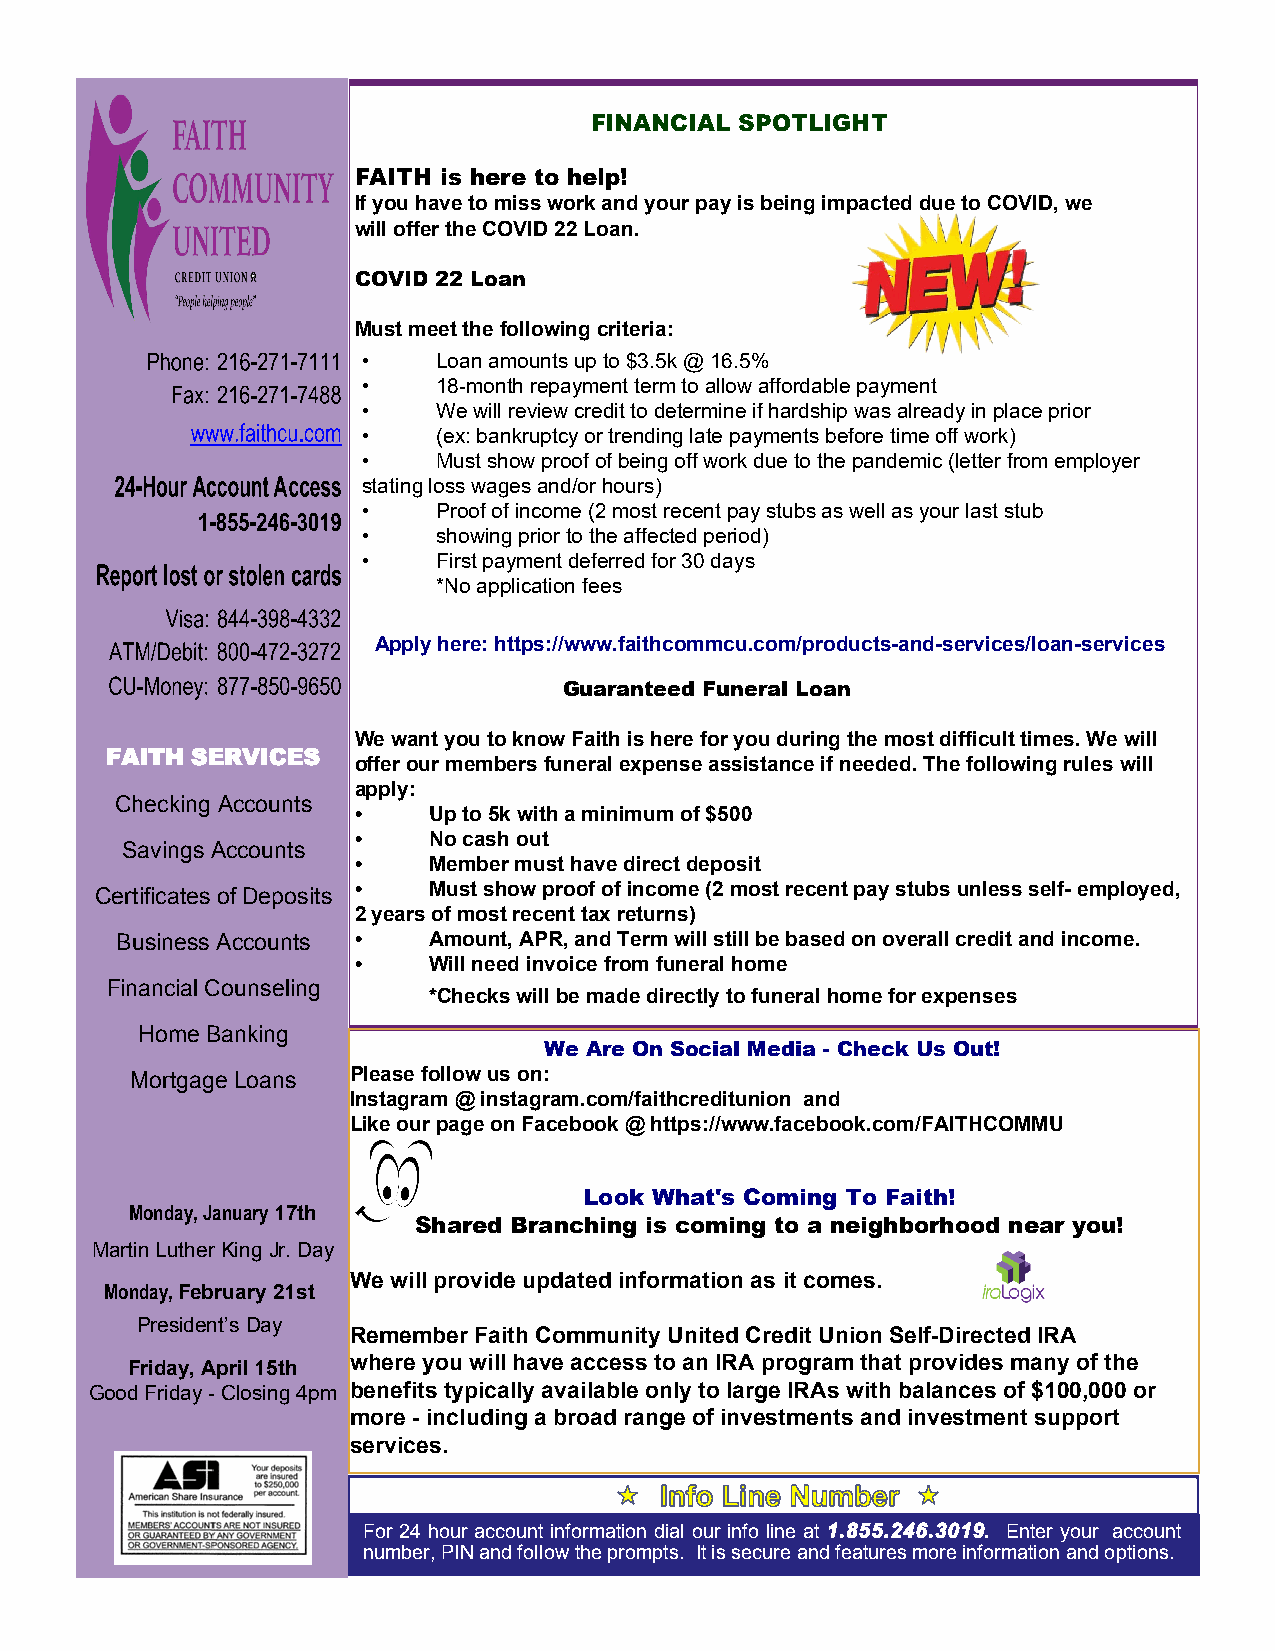
FINANCIAL SPOTLIGHT
 FAITH is here to help!
 If you have to miss work and your pay is being impacted due to COVID, we
 will offer the COVID 22 Loan.
 COVID 22 Loan
 Must meet the following criteria:
 •    Loan amounts up to $3.5k @ 16.5%
 •    18-month repayment term to allow affordable payment
 •    We will review credit to determine if hardship was already in place prior
 •    (ex: bankruptcy or trending late payments before time off work)
 •    Must show proof of being off work due to the pandemic (letter from employer
 stating loss wages and/or hours)
 •    Proof of income (2 most recent pay stubs as well as your last stub
 •    showing prior to the affected period)
 •    First payment deferred for 30 days
 *No application fees
 Apply here: https://www.faithcommcu.com/products-and-services/loan-services
 Guaranteed Funeral Loan
 We want you to know Faith is here for you during the most difficult times. We will
 FAITH SERVICES
 offer our members funeral expense assistance if needed. The following rules will
 apply:
 Checking Accounts
 •    Up to 5k with a minimum of $500
 Savings Accounts •  No cash out
 •    Member must have direct deposit
 Certificates of Deposits • Must show proof of income (2 most recent pay stubs unless self- employed,
 2 years of most recent tax returns)
 Business Accounts • Amount, APR, and Term will still be based on overall credit and income.
 •    Will need invoice from funeral home
 Financial Counseling
 *Checks will be made directly to funeral home for expenses
 Home Banking
 We Are On Social Media - Check Us Out!
 Mortgage Loans Please follow us on:
 Instagram @ instagram.com/faithcreditunion and
 Like our page on Facebook @ https://www.facebook.com/FAITHCOMMU
 Look What's Coming To Faith!
 Monday, January 17th
 Shared Branching is coming to a neighborhood near you!
 Martin Luther King Jr. Day
 We will provide updated information as it comes.
 Monday, February 21st
 President’s Day
 Remember Faith Community United Credit Union Self-Directed IRA
 where you will have access to an IRA program that provides many of the
 Friday, April 15th
 Good Friday - Closing 4pm benefits typically available only to large IRAs with balances of $100,000 or
 more - including a broad range of investments and investment support
 services.
 For 24 hour account information dial our info line at Enter your account
 number, PIN and follow the prompts. It is secure and features more information and options.